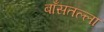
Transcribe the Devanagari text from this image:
बाँसतल्‍ला